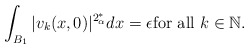
\begin{align*}\int_{B_1} |v_k(x,0)|^{2^*_\alpha} dx =\epsilon \hbox{for all $k \in \mathbb{N}.$} \end{align*}